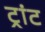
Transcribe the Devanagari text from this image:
ट्रांट